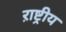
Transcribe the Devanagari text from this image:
ऱाष्ट्रीय